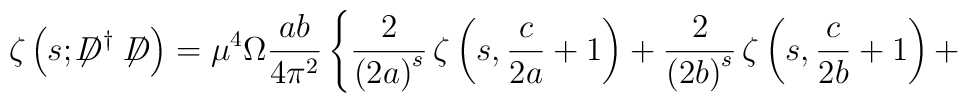
\zeta\left(s;\not\!\!D^{\dag}\not\!\!D\right)={\mu}^4 \Omega\frac{ab}{4{\pi}^2}\left\{\frac{2}{\left(2a\right)^s}\,\zeta\left(s,\frac{c}{2a}+1\right)+\frac{2}{\left(2b\right)^s}\,\zeta\left(s,\frac{c}{2b}+1\right)+\right.